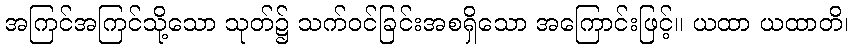
အကြင်အကြင်သို့သော သုတ်၌ သက်ဝင်ခြင်းအစရှိသော အကြောင်းဖြင့်။ ယထာ ယထာတိ၊